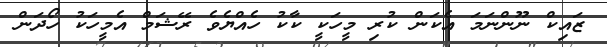
ޒައިކް ނޫންނަމަ އެކަން ކުރި މީހަކީ ކާކު ހެއްޔެވެ ރޭޝަމް އެމީހަކު ހޯދަން